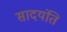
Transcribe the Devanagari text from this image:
सादयंति